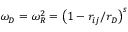
\omega _ { D } = \omega _ { R } ^ { 2 } = \left( 1 - r _ { i j } / r _ { D } \right) ^ { s }